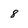
Character: 8